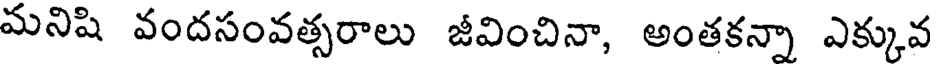
మనిషి వందసంవత్సరాలు జీవించినా, అంతకన్నా ఎక్కువ